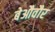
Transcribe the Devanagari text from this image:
बेऔवौर